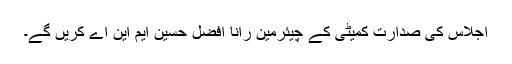
اجلاس کی صدارت کمیٹی کے چیئرمین رانا افضل حسین ایم این اے کریں گے۔